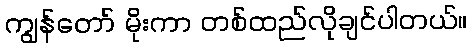
ကျွန်တော် မိုးကာ တစ်ထည်လိုချင်ပါတယ်။